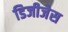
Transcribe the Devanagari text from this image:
डिजीजेस